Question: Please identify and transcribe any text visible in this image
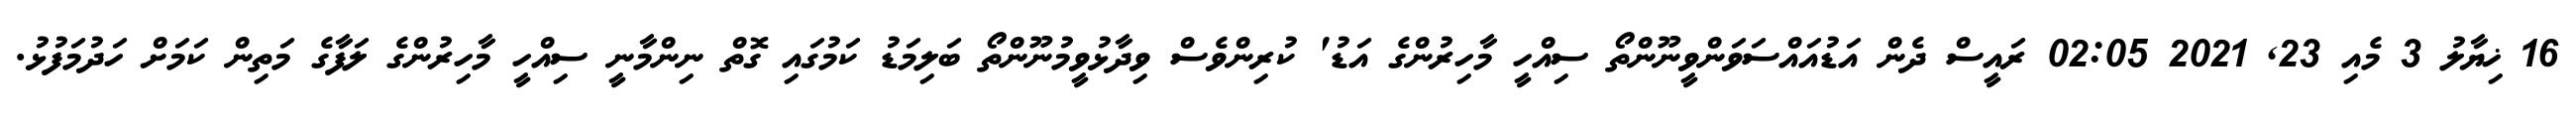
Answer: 16 ޚިޔާލު 3 މެއި 23, 2021 02:05 ރައީސް ދެން އަޑުއައްސަވަންވީނޫންތޯ ސިއްހީ މާހިރުންގެ އަޑު' ކުރިންވެސް ވިދާޅުވީމުނޫންތޯ ބަލިމަޑު ކަމުގައި ގޮތް ނިންމާނީ ސިއްހީ މާހިރުންގެ ލަފާގެ މަތިން ކަމަށް ހަދުމަފުޅު.